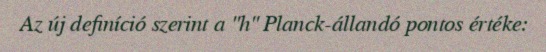
Az új definíció szerint a "h" Planck-állandó pontos értéke: